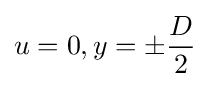
u=0,y=\pm {\frac {D}{2}}